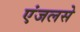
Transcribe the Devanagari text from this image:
एंजलसे